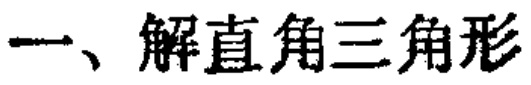
一、解直角三角形